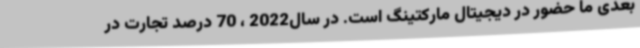
بعدی ما حضور در دیجیتال مارکتینگ است. در سال2022 ، 70 درصد تجارت در